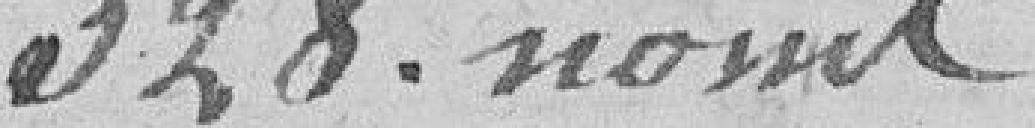
328 noms,